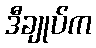
ဒီချုပ်က